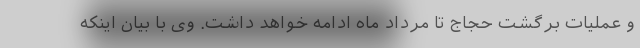
و عملیات برگشت حجاج تا مرداد ماه ادامه خواهد داشت. وی با بیان اینکه